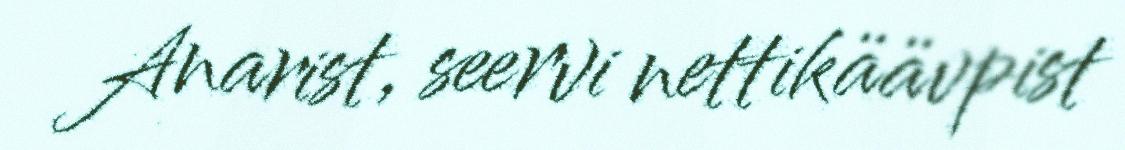
Anarist, seervi nettikäävpist